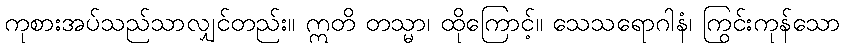
ကုစားအပ်သည်သာလျှင်တည်း။ ဣတိ တသ္မာ၊ ထိုကြောင့်။ သေသရောဂါနံ၊ ကြွင်းကုန်သော